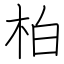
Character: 柏